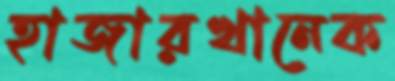
হাজারখানেক